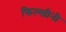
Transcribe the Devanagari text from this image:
फिल्स्तीनी